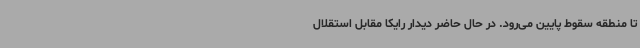
تا منطقه سقوط پایین می‌رود. در حال حاضر دیدار رایکا مقابل استقلال